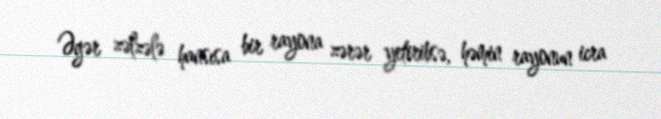
Əgər zəlzələ hansısa bir rayona zərər yetiribsə, həmin rayonun icra